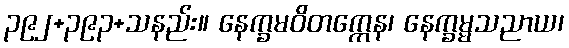
၃၉၂+၃၉၃+သနည်း။ နေက္ခမဝိတက္ကေန၊ နေက္ခမ္မသညာယ၊